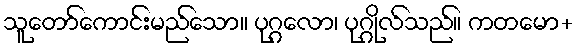
သူတော်ကောင်းမည်သော။ ပုဂ္ဂလော၊ ပုဂ္ဂိုလ်သည်။ ကတမော+